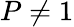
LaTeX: P\neq 1